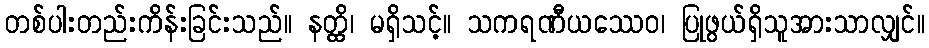
တစ်ပါးတည်းကိန်းခြင်းသည်။ နတ္ထိ၊ မရှိသင့်။ သကရဏီယဿေဝ၊ ပြုဖွယ်ရှိသူအားသာလျှင်။